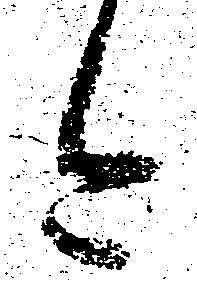
今